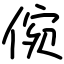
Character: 倇